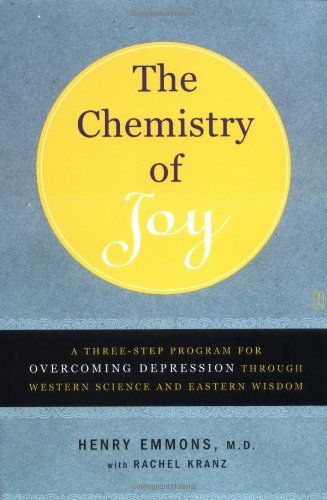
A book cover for The Chemistry of Joy: A Three-Step Program for Overcoming Depression Through Western Science and Eastern Wisdom; M.D. Henry Emmons; Religion & Spirituality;